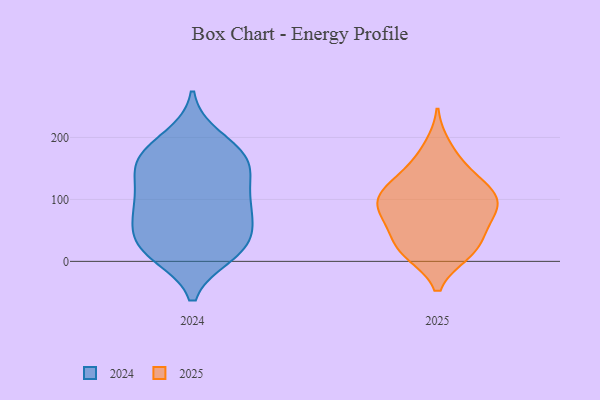
{"axis": {"x": "Backlog", "y": "Value"}, "legend": ["2024", "2025"], "data": [{"x": "", "y": 157, "type": "2024"}, {"x": "", "y": 93, "type": "2024"}, {"x": "", "y": 103, "type": "2024"}, {"x": "", "y": 91, "type": "2024"}, {"x": "", "y": 162, "type": "2024"}, {"x": "", "y": 146, "type": "2024"}, {"x": "", "y": 15, "type": "2024"}, {"x": "", "y": 200, "type": "2024"}, {"x": "", "y": 66, "type": "2024"}, {"x": "", "y": 165, "type": "2024"}, {"x": "", "y": 17, "type": "2024"}, {"x": "", "y": 31, "type": "2024"}, {"x": "", "y": 186, "type": "2024"}, {"x": "", "y": 72, "type": "2024"}, {"x": "", "y": 11, "type": "2024"}, {"x": "", "y": 114, "type": "2024"}, {"x": "", "y": 158, "type": "2024"}, {"x": "", "y": 25, "type": "2024"}, {"x": "", "y": 50, "type": "2024"}, {"x": "", "y": 134, "type": "2025"}, {"x": "", "y": 65, "type": "2025"}, {"x": "", "y": 186, "type": "2025"}, {"x": "", "y": 14, "type": "2025"}, {"x": "", "y": 86, "type": "2025"}, {"x": "", "y": 13, "type": "2025"}, {"x": "", "y": 23, "type": "2025"}, {"x": "", "y": 102, "type": "2025"}, {"x": "", "y": 131, "type": "2025"}, {"x": "", "y": 47, "type": "2025"}, {"x": "", "y": 15, "type": "2025"}, {"x": "", "y": 96, "type": "2025"}, {"x": "", "y": 52, "type": "2025"}, {"x": "", "y": 79, "type": "2025"}, {"x": "", "y": 159, "type": "2025"}, {"x": "", "y": 94, "type": "2025"}, {"x": "", "y": 117, "type": "2025"}, {"x": "", "y": 105, "type": "2025"}]}